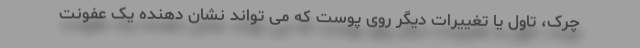
چرک، تاول یا تغییرات دیگر روی پوست که می تواند نشان دهنده یک عفونت